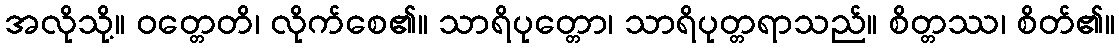
အလိုသို့။ ဝတ္တေတိ၊ လိုက်စေ၏။ သာရိပုတ္တော၊ သာရိပုတ္တရာသည်။ စိတ္တဿ၊ စိတ်၏။